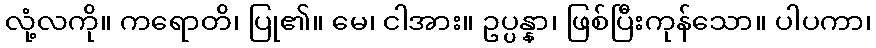
လုံ့လကို။ ကရောတိ၊ ပြု၏။ မေ၊ ငါအား။ ဥပ္ပန္နာ၊ ဖြစ်ပြီးကုန်သော။ ပါပကာ၊